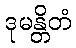
ဒုမန္တိတံ